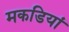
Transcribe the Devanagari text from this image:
मकडियां